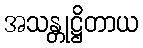
အသန္တုဋ္ဌိတာယ